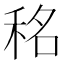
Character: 𮵡